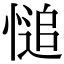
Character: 𢟋